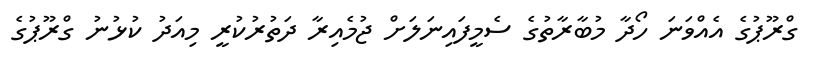
ގްރޫޕުގެ އެއްވަނަ ހޯދާ މުބާރާތުގެ ސެމީފައިނަލަށް ޖުމެއިރާ ދަތުރުކުރީ މިއަދު ކުޅުނު ގްރޫޕުގެ